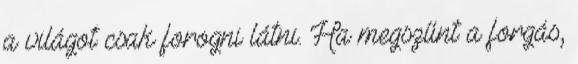
a világot csak forogni látni. Ha megszűnt a forgás,